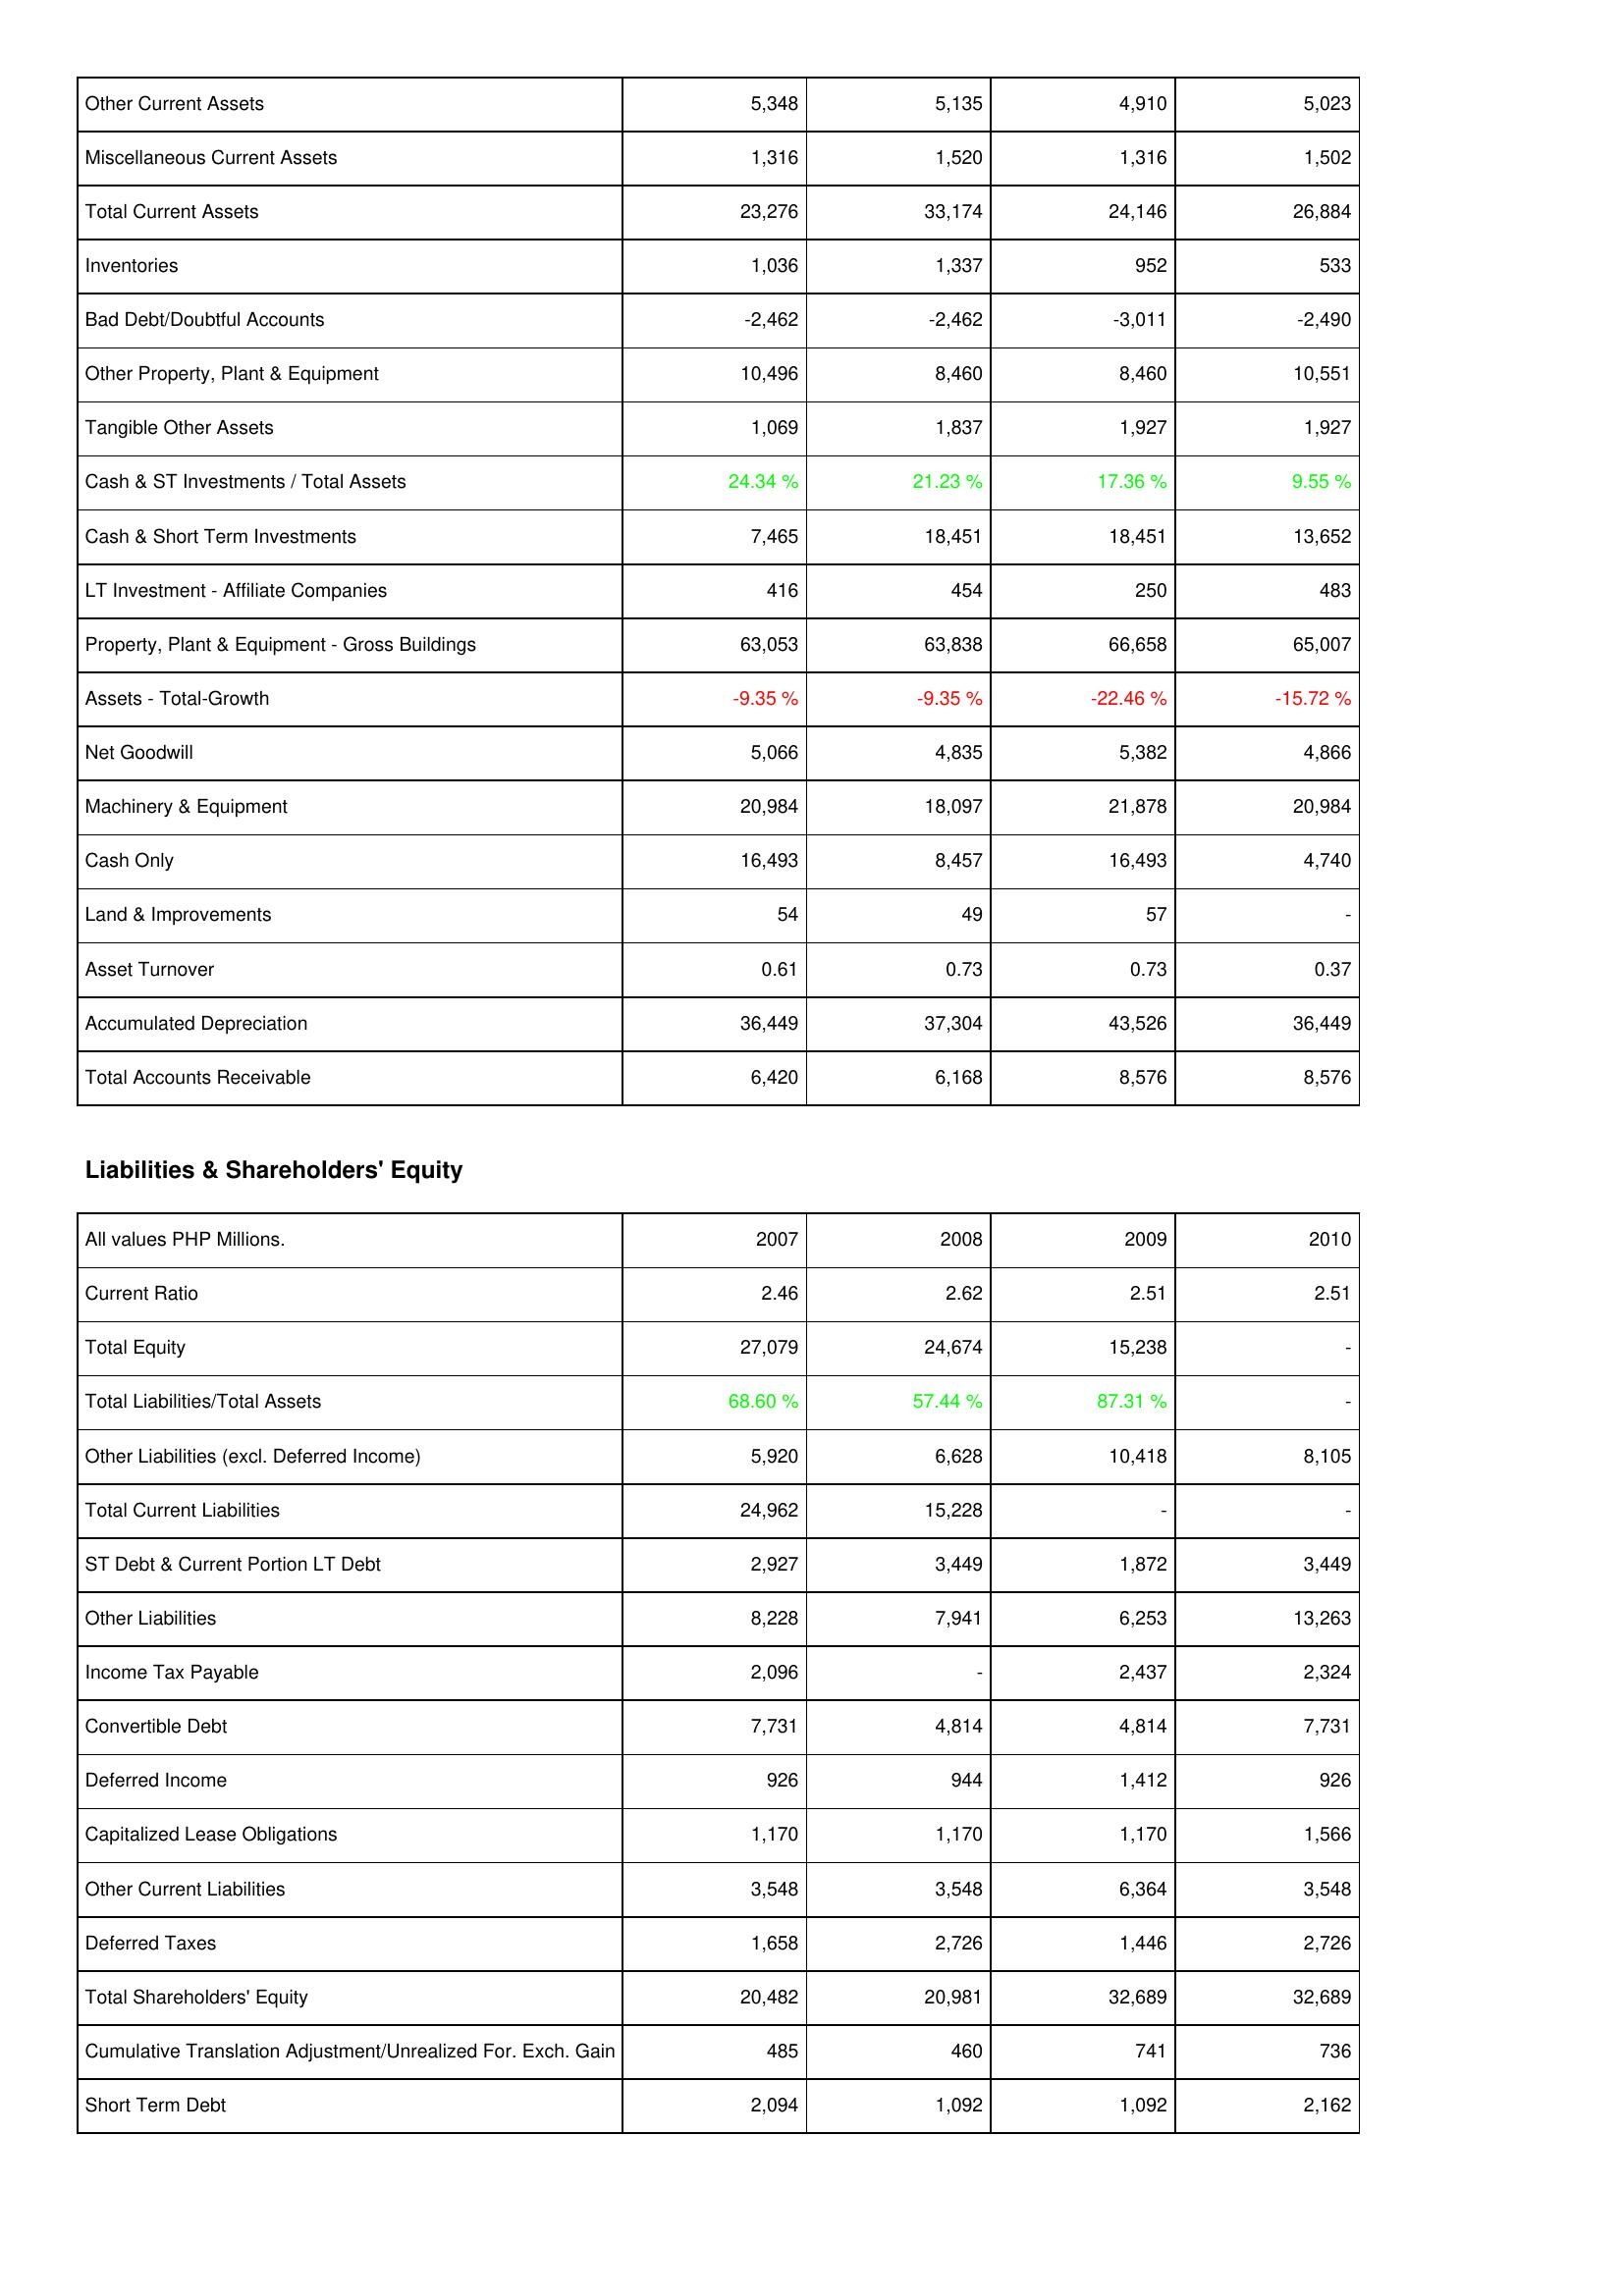
2007: Assets: Other Current Assets: 5,348
Miscellaneous Current Assets: 1,316
Total Current Assets: 23,276
Inventories: 1,036
Bad Debt/Doubtful Accounts: -2,462
Other Property, Plant & Equipment: 10,496
Tangible Other Assets: 1,069
Cash & ST Investments / Total Assets: 24.34 %
Cash & Short Term Investments: 7,465
LT Investment - Affiliate Companies: 416
Property, Plant & Equipment - Gross Buildings: 63,053
Assets - Total-Growth: -9.35 %
Net Goodwill: 5,066
Machinery & Equipment: 20,984
Cash Only: 16,493
Land & Improvements: 54
Asset Turnover: 0.61
Accumulated Depreciation: 36,449
Total Accounts Receivable: 6,420
Liabilities & Shareholders' Equity: Current Ratio: 2.46
Total Equity: 27,079
Total Liabilities/Total Assets: 68.60 %
Other Liabilities (excl. Deferred Income): 5,920
Total Current Liabilities: 24,962
ST Debt & Current Portion LT Debt: 2,927
Other Liabilities: 8,228
Income Tax Payable: 2,096
Convertible Debt: 7,731
Deferred Income: 926
Capitalized Lease Obligations: 1,170
Other Current Liabilities: 3,548
Deferred Taxes: 1,658
Total Shareholders' Equity: 20,482
Cumulative Translation Adjustment/Unrealized For. Exch. Gain: 485
Short Term Debt: 2,094
2008: Assets: Other Current Assets: 5,135
Miscellaneous Current Assets: 1,520
Total Current Assets: 33,174
Inventories: 1,337
Bad Debt/Doubtful Accounts: -2,462
Other Property, Plant & Equipment: 8,460
Tangible Other Assets: 1,837
Cash & ST Investments / Total Assets: 21.23 %
Cash & Short Term Investments: 18,451
LT Investment - Affiliate Companies: 454
Property, Plant & Equipment - Gross Buildings: 63,838
Assets - Total-Growth: -9.35 %
Net Goodwill: 4,835
Machinery & Equipment: 18,097
Cash Only: 8,457
Land & Improvements: 49
Asset Turnover: 0.73
Accumulated Depreciation: 37,304
Total Accounts Receivable: 6,168
Liabilities & Shareholders' Equity: Current Ratio: 2.62
Total Equity: 24,674
Total Liabilities/Total Assets: 57.44 %
Other Liabilities (excl. Deferred Income): 6,628
Total Current Liabilities: 15,228
ST Debt & Current Portion LT Debt: 3,449
Other Liabilities: 7,941
Income Tax Payable: -
Convertible Debt: 4,814
Deferred Income: 944
Capitalized Lease Obligations: 1,170
Other Current Liabilities: 3,548
Deferred Taxes: 2,726
Total Shareholders' Equity: 20,981
Cumulative Translation Adjustment/Unrealized For. Exch. Gain: 460
Short Term Debt: 1,092
2009: Assets: Other Current Assets: 4,910
Miscellaneous Current Assets: 1,316
Total Current Assets: 24,146
Inventories: 952
Bad Debt/Doubtful Accounts: -3,011
Other Property, Plant & Equipment: 8,460
Tangible Other Assets: 1,927
Cash & ST Investments / Total Assets: 17.36 %
Cash & Short Term Investments: 18,451
LT Investment - Affiliate Companies: 250
Property, Plant & Equipment - Gross Buildings: 66,658
Assets - Total-Growth: -22.46 %
Net Goodwill: 5,382
Machinery & Equipment: 21,878
Cash Only: 16,493
Land & Improvements: 57
Asset Turnover: 0.73
Accumulated Depreciation: 43,526
Total Accounts Receivable: 8,576
Liabilities & Shareholders' Equity: Current Ratio: 2.51
Total Equity: 15,238
Total Liabilities/Total Assets: 87.31 %
Other Liabilities (excl. Deferred Income): 10,418
Total Current Liabilities: -
ST Debt & Current Portion LT Debt: 1,872
Other Liabilities: 6,253
Income Tax Payable: 2,437
Convertible Debt: 4,814
Deferred Income: 1,412
Capitalized Lease Obligations: 1,170
Other Current Liabilities: 6,364
Deferred Taxes: 1,446
Total Shareholders' Equity: 32,689
Cumulative Translation Adjustment/Unrealized For. Exch. Gain: 741
Short Term Debt: 1,092
2010: Assets: Other Current Assets: 5,023
Miscellaneous Current Assets: 1,502
Total Current Assets: 26,884
Inventories: 533
Bad Debt/Doubtful Accounts: -2,490
Other Property, Plant & Equipment: 10,551
Tangible Other Assets: 1,927
Cash & ST Investments / Total Assets: 9.55 %
Cash & Short Term Investments: 13,652
LT Investment - Affiliate Companies: 483
Property, Plant & Equipment - Gross Buildings: 65,007
Assets - Total-Growth: -15.72 %
Net Goodwill: 4,866
Machinery & Equipment: 20,984
Cash Only: 4,740
Land & Improvements: -
Asset Turnover: 0.37
Accumulated Depreciation: 36,449
Total Accounts Receivable: 8,576
Liabilities & Shareholders' Equity: Current Ratio: 2.51
Total Equity: -
Total Liabilities/Total Assets: -
Other Liabilities (excl. Deferred Income): 8,105
Total Current Liabilities: -
ST Debt & Current Portion LT Debt: 3,449
Other Liabilities: 13,263
Income Tax Payable: 2,324
Convertible Debt: 7,731
Deferred Income: 926
Capitalized Lease Obligations: 1,566
Other Current Liabilities: 3,548
Deferred Taxes: 2,726
Total Shareholders' Equity: 32,689
Cumulative Translation Adjustment/Unrealized For. Exch. Gain: 736
Short Term Debt: 2,162